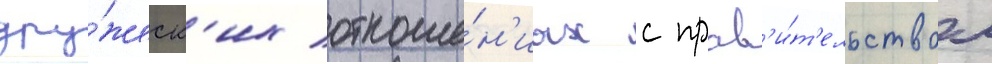
дру́жеск'их отноше́н'иах с прав'и́т'ельством